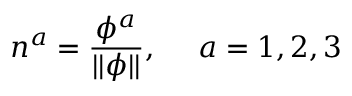
n ^ { a } = \frac { \phi ^ { a } } { | | \phi | | } , \quad \ a = 1 , 2 , 3